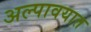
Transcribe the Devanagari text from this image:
अल्पावयात